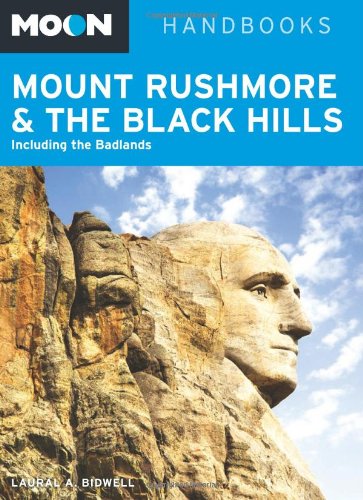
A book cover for Moon Mount Rushmore & the Black Hills: Including the Badlands (Moon Handbooks); Laural A. Bidwell; Travel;